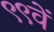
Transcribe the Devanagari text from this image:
९९वें